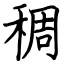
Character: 稠